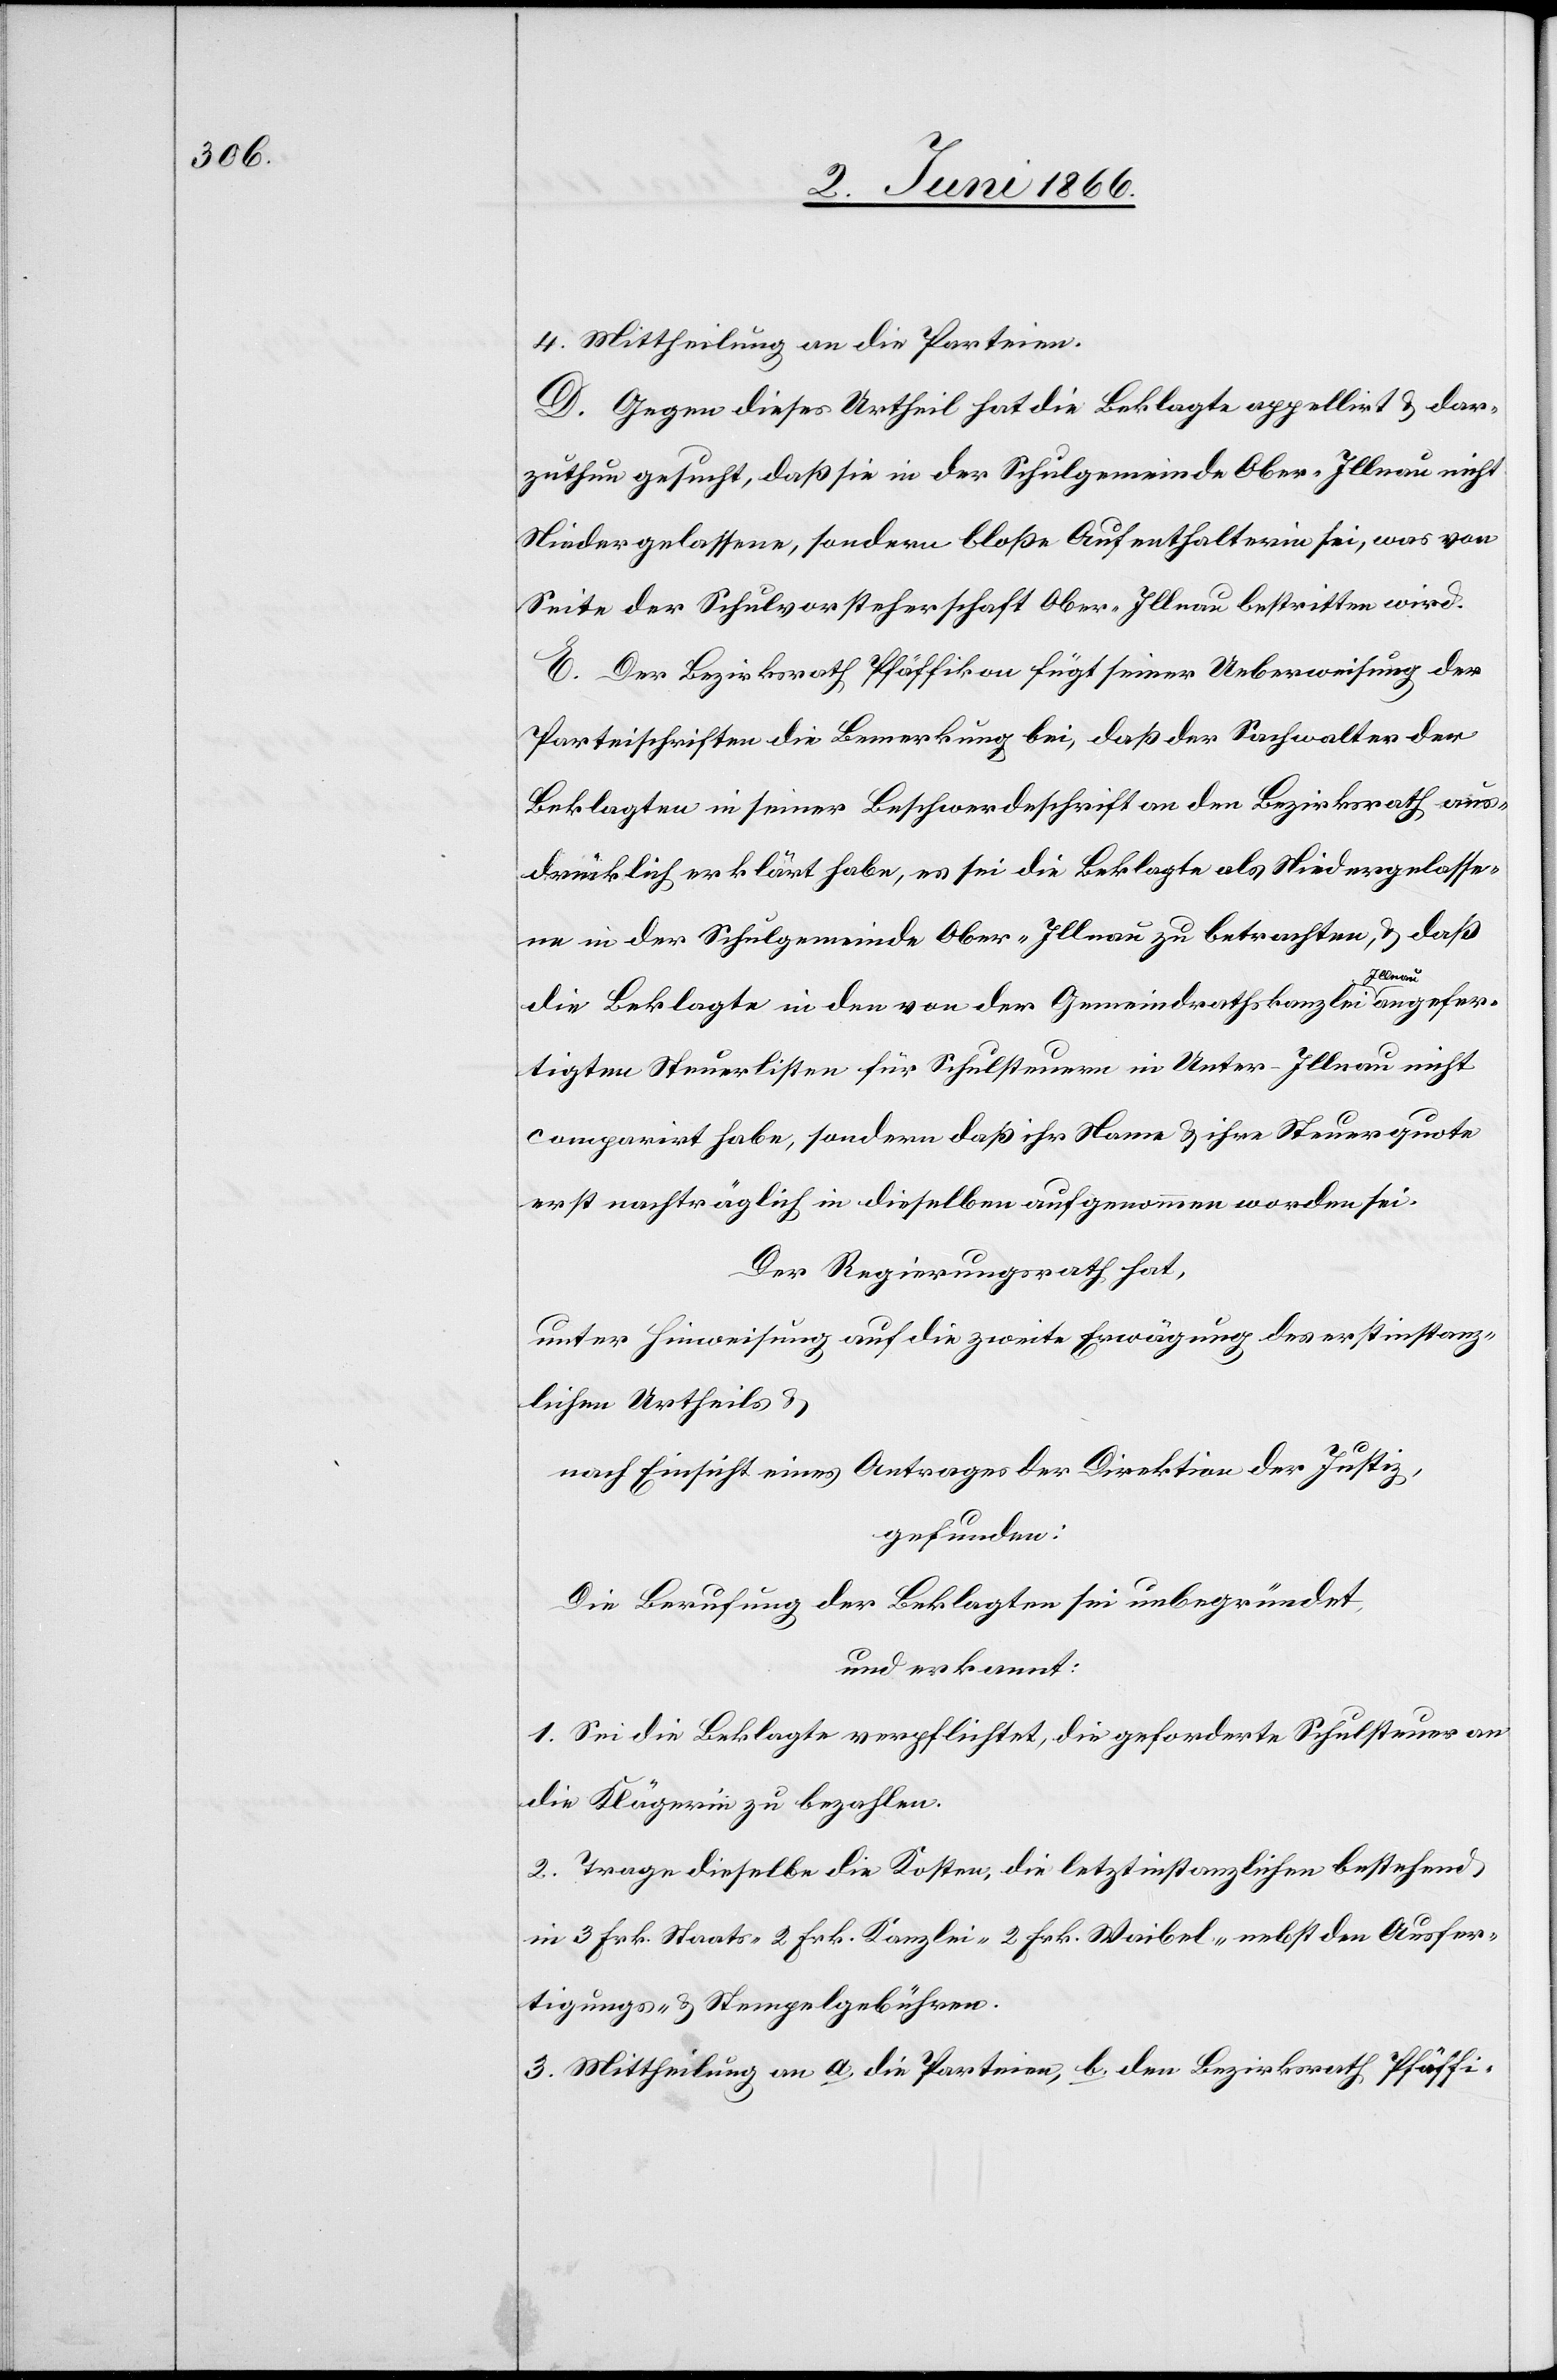
4. Mittheilung an die Parteien.
D. Gegen dieses Urtheil hat die Beklagte appellirt u. dar¬
zuthun gesucht, daß sie in der Schulgemeinde Ober-Illnau nicht
Niedergelassene, sondern bloße Aufenthalterin sei, was von
Seite der Schulvorsteherschaft Ober-Illnau bestritten wird.
E. Der Bezirksrath Pfäffikon fügt seiner Ueberweisung der
Parteischriften die Bemerkung bei, daß der Sachwalter der
Beklagten in seiner Beschwerdeschrift an den Bezirksrath aus¬
drücklich erklärt habe, es sei die Beklagte als Niedergelasse¬
ne in der Schulgemeinde Ober-Illnau zu betrachten, u. daß
die Beklagte in den von der Gemeindrathskanzlei Illnau angefer¬
tigten Steuerlisten für Schulsteuer in Unter-Illnau nicht
comparirt habe, sondern daß ihr Name u. ihre Steuerquote
erst nachträglich in dieselben aufgenommen worden sei.
Der Regierungsrath hat,
unter Hinweisung auf die zweite Erwägung des erstinstanz¬
lichen Urtheils u.
nach Einsicht eines Antrages der Direktion der Justiz,
gefunden:
Die Berufung der Beklagten sei unbegründet,
und erkannt:
1. Sei die Beklagte verpflichtet, die geforderte Schulsteuer an
die Klägerin zu bezahlen.
2. Trage dieselbe die Kosten, die letztinstanzlichen bestehend
in 3 Frk. Staats-[,] 2 Frk. Kanzlei-[,] 2 Frk. Waibel- nebst den Ausfer¬
tigungs- u. Stempelgebühren.
3. Mittheilung an a. die Parteien, b. den Bezirksrathe Pfäffi-